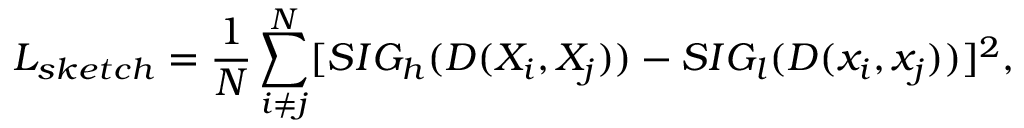
L _ { s k e t c h } = \frac { 1 } { N } \sum _ { i \neq j } ^ { N } [ S I G _ { h } ( D ( X _ { i } , X _ { j } ) ) - S I G _ { l } ( D ( x _ { i } , x _ { j } ) ) ] ^ { 2 } ,